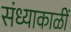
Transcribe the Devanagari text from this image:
संध्याकाळीं